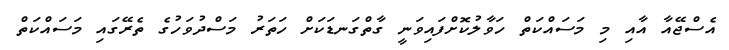
އެސްޖޭއާ އާއި މި މަސައްކަތް ހަވާލުކޮށްފައިވަނީ ގާތްގަނޑަކަށް ހަތަރު މަސްދުވަހުގެ ތެރޭގައި މަސައްކަތް